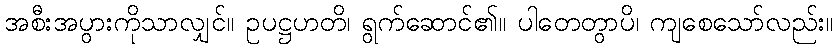
အစီးအပွားကိုသာလျှင်။ ဥပဋ္ဌဟတိ၊ ရွက်ဆောင်၏။ ပါတေတွာပိ၊ ကျစေသော်လည်း။